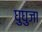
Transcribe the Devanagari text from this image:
घुघुजा